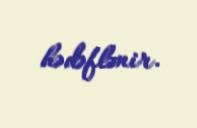
hədəflənir.